Report on the lunatic asylums under the Government of Bombay - 1904-1913
Year: 1904
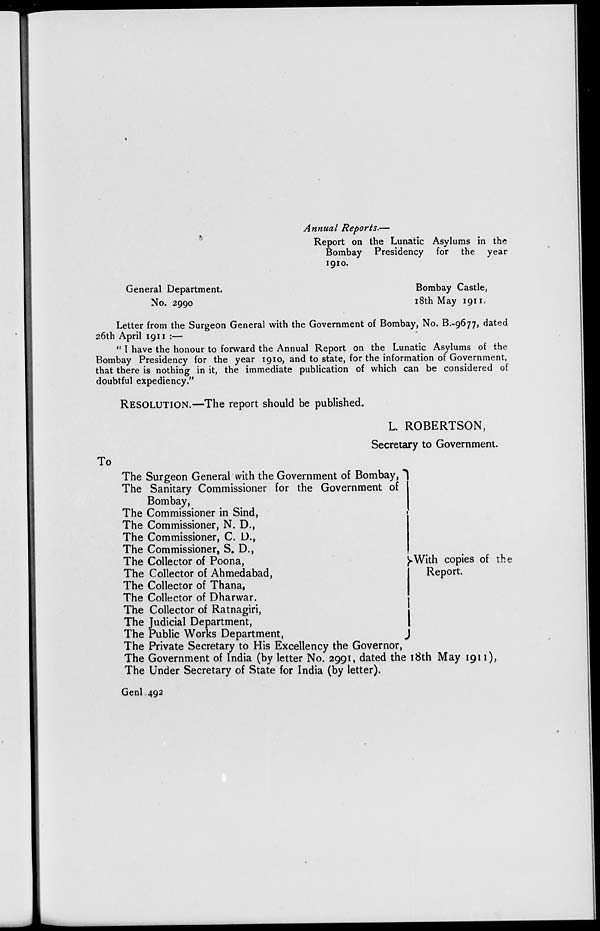
Annual Reports.—
Report on the Lunatic Asylums in the
Bombay Presidency for the year
1910.
General Department.
Bombay Castle,
No. 2990
18th May 1911.
Letter from the Surgeon General with the Government of Bombay, No. B.-9677, dated
26th April 1911 :—
" I have the honour to forward the Annual Report on the Lunatic Asylums of the
Bombay Presidency for the year 1910, and to state, for the information of Government,
that there is nothing in it, the immediate publication of which can be considered of
doubtful expediency."
RESOLUTION.—The report should be published.
L. ROBERTSON,
Secretary to Government.
To
The Surgeon General with the Government of Bombay,
The Sanitary Commissioner for the Government of
Bombay,
The Commissioner in Sind,
The Commissioner, N. D.,
The Commissioner, C. D.,
The Commissioner, S. D.,
The Collector of Poona,
The Collector of Ahmedabad,
The Collector of Thana,
The Collector of Dharwar.
The Collector of Ratnagiri,
The Judicial Department,
The Public Works Department,
With copies of the
Report.
The Private Secretary to His Excellency the Governor,
The Government of India (by letter No. 2991, dated the 18th May 1911),
The Under Secretary of State for India (by letter).
Genl 492